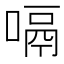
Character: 嗝